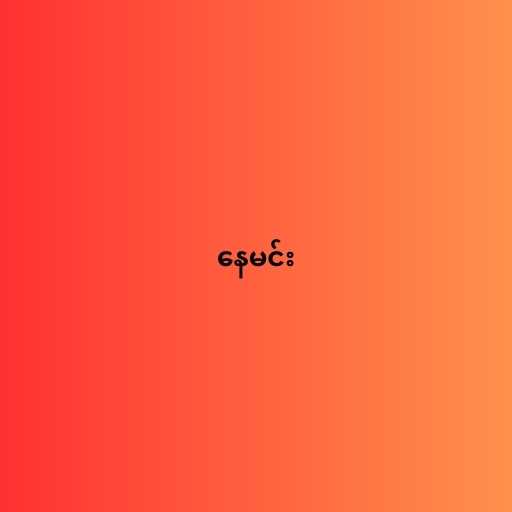
နေမင်း